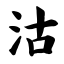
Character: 沽